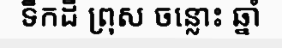
ទឹកដី ព្រុស ចន្លោះ ឆ្នាំ